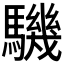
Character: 𩦋